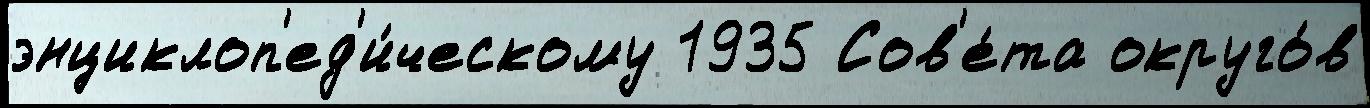
энциклоп'ед'и́ческому 1935 Сов'е́та округо́в